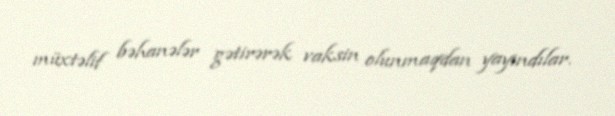
müxtəlif bəhanələr gətirərək vaksin olunmaqdan yayındılar.